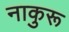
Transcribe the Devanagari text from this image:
नाकुरू